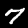
Digit: 7